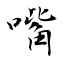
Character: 嘴